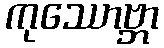
ကုဿောဗ္ဘာ